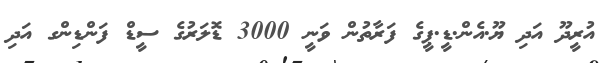
އުރީދޫ އަދި ޔޫ.އެން.ޑީ.ޕީގެ ފަރާތުން ވަނީ 3000 ޑޮލަރުގެ ސީޑް ފަންޑިންގ އަދި